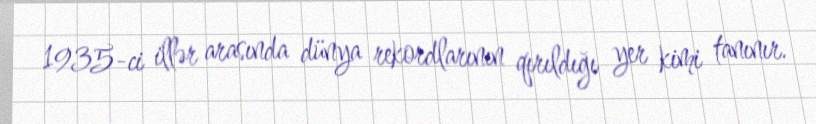
1935-ci illər arasında dünya rekordlarının qırıldığı yer kimi tanınır.